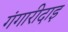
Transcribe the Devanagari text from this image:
गंगारीदाइ